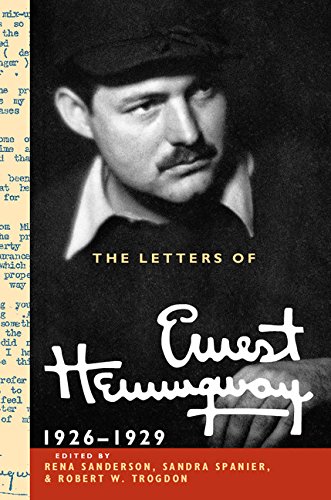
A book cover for The Letters of Ernest Hemingway: Volume 3, 1926-1929 (The Cambridge Edition of the Letters of Ernest Hemingway); Ernest Hemingway; Literature & Fiction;